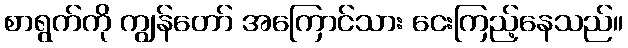
စာရွက်ကို ကျွန်တော် အကြောင်သား ငေးကြည့်နေသည်။